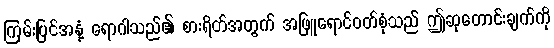
ကြမ်းပြင်အနှံ့ ရောဂါသည်၏ စားရိတ်အတွက် အဖြူရောင်ဝတ်စုံသည် ဤဆုတောင်းချက်ကို